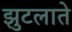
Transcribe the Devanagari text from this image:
झुटलाते